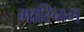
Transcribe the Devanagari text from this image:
मारिनम